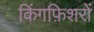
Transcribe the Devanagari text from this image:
किंगफ़िशरों